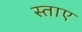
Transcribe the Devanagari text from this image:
स्ताए